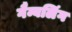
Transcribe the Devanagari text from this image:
गैम्बलिंग